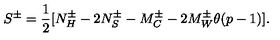
S ^ { \pm } = \frac { 1 } { 2 } [ N _ { H } ^ { \pm } - 2 N _ { S } ^ { \pm } - M _ { C } ^ { \pm } - 2 M _ { W } ^ { \pm } \theta ( p - 1 ) ] .